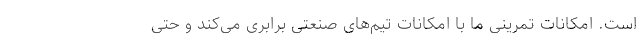
است. امکانات تمرینی ما با امکانات تیم‌های صنعتی برابری می‌کند و حتی